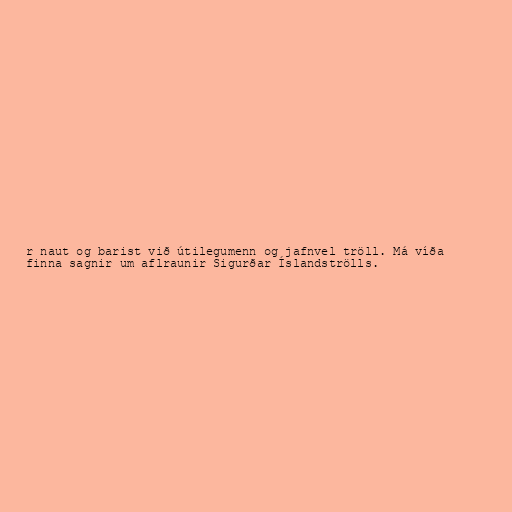
r naut og barist við útilegumenn og jafnvel tröll. Má víða
finna sagnir um aflraunir Sigurðar Íslandströlls.